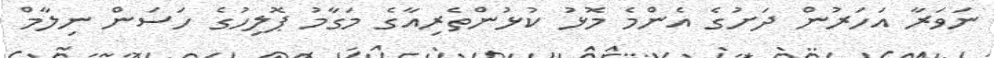
ނަވަރާ އަހަރުން ދަށުގެ އެންމެ މޮޅު ކުޅުންތެރިއާގެ މަގާމު ޕޮލިހުގެ ހަސަން ނިލާމް